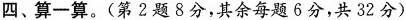
四、算一算。(第2题8分，其余每题6分，共32分)